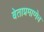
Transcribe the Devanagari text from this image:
बेताप्रमाणेच